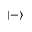
\left| - \right\rangle